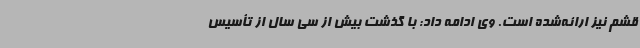
قشم نیز ارائه‌شده است. وی ادامه داد: با گذشت بیش از سی سال از تأسیس